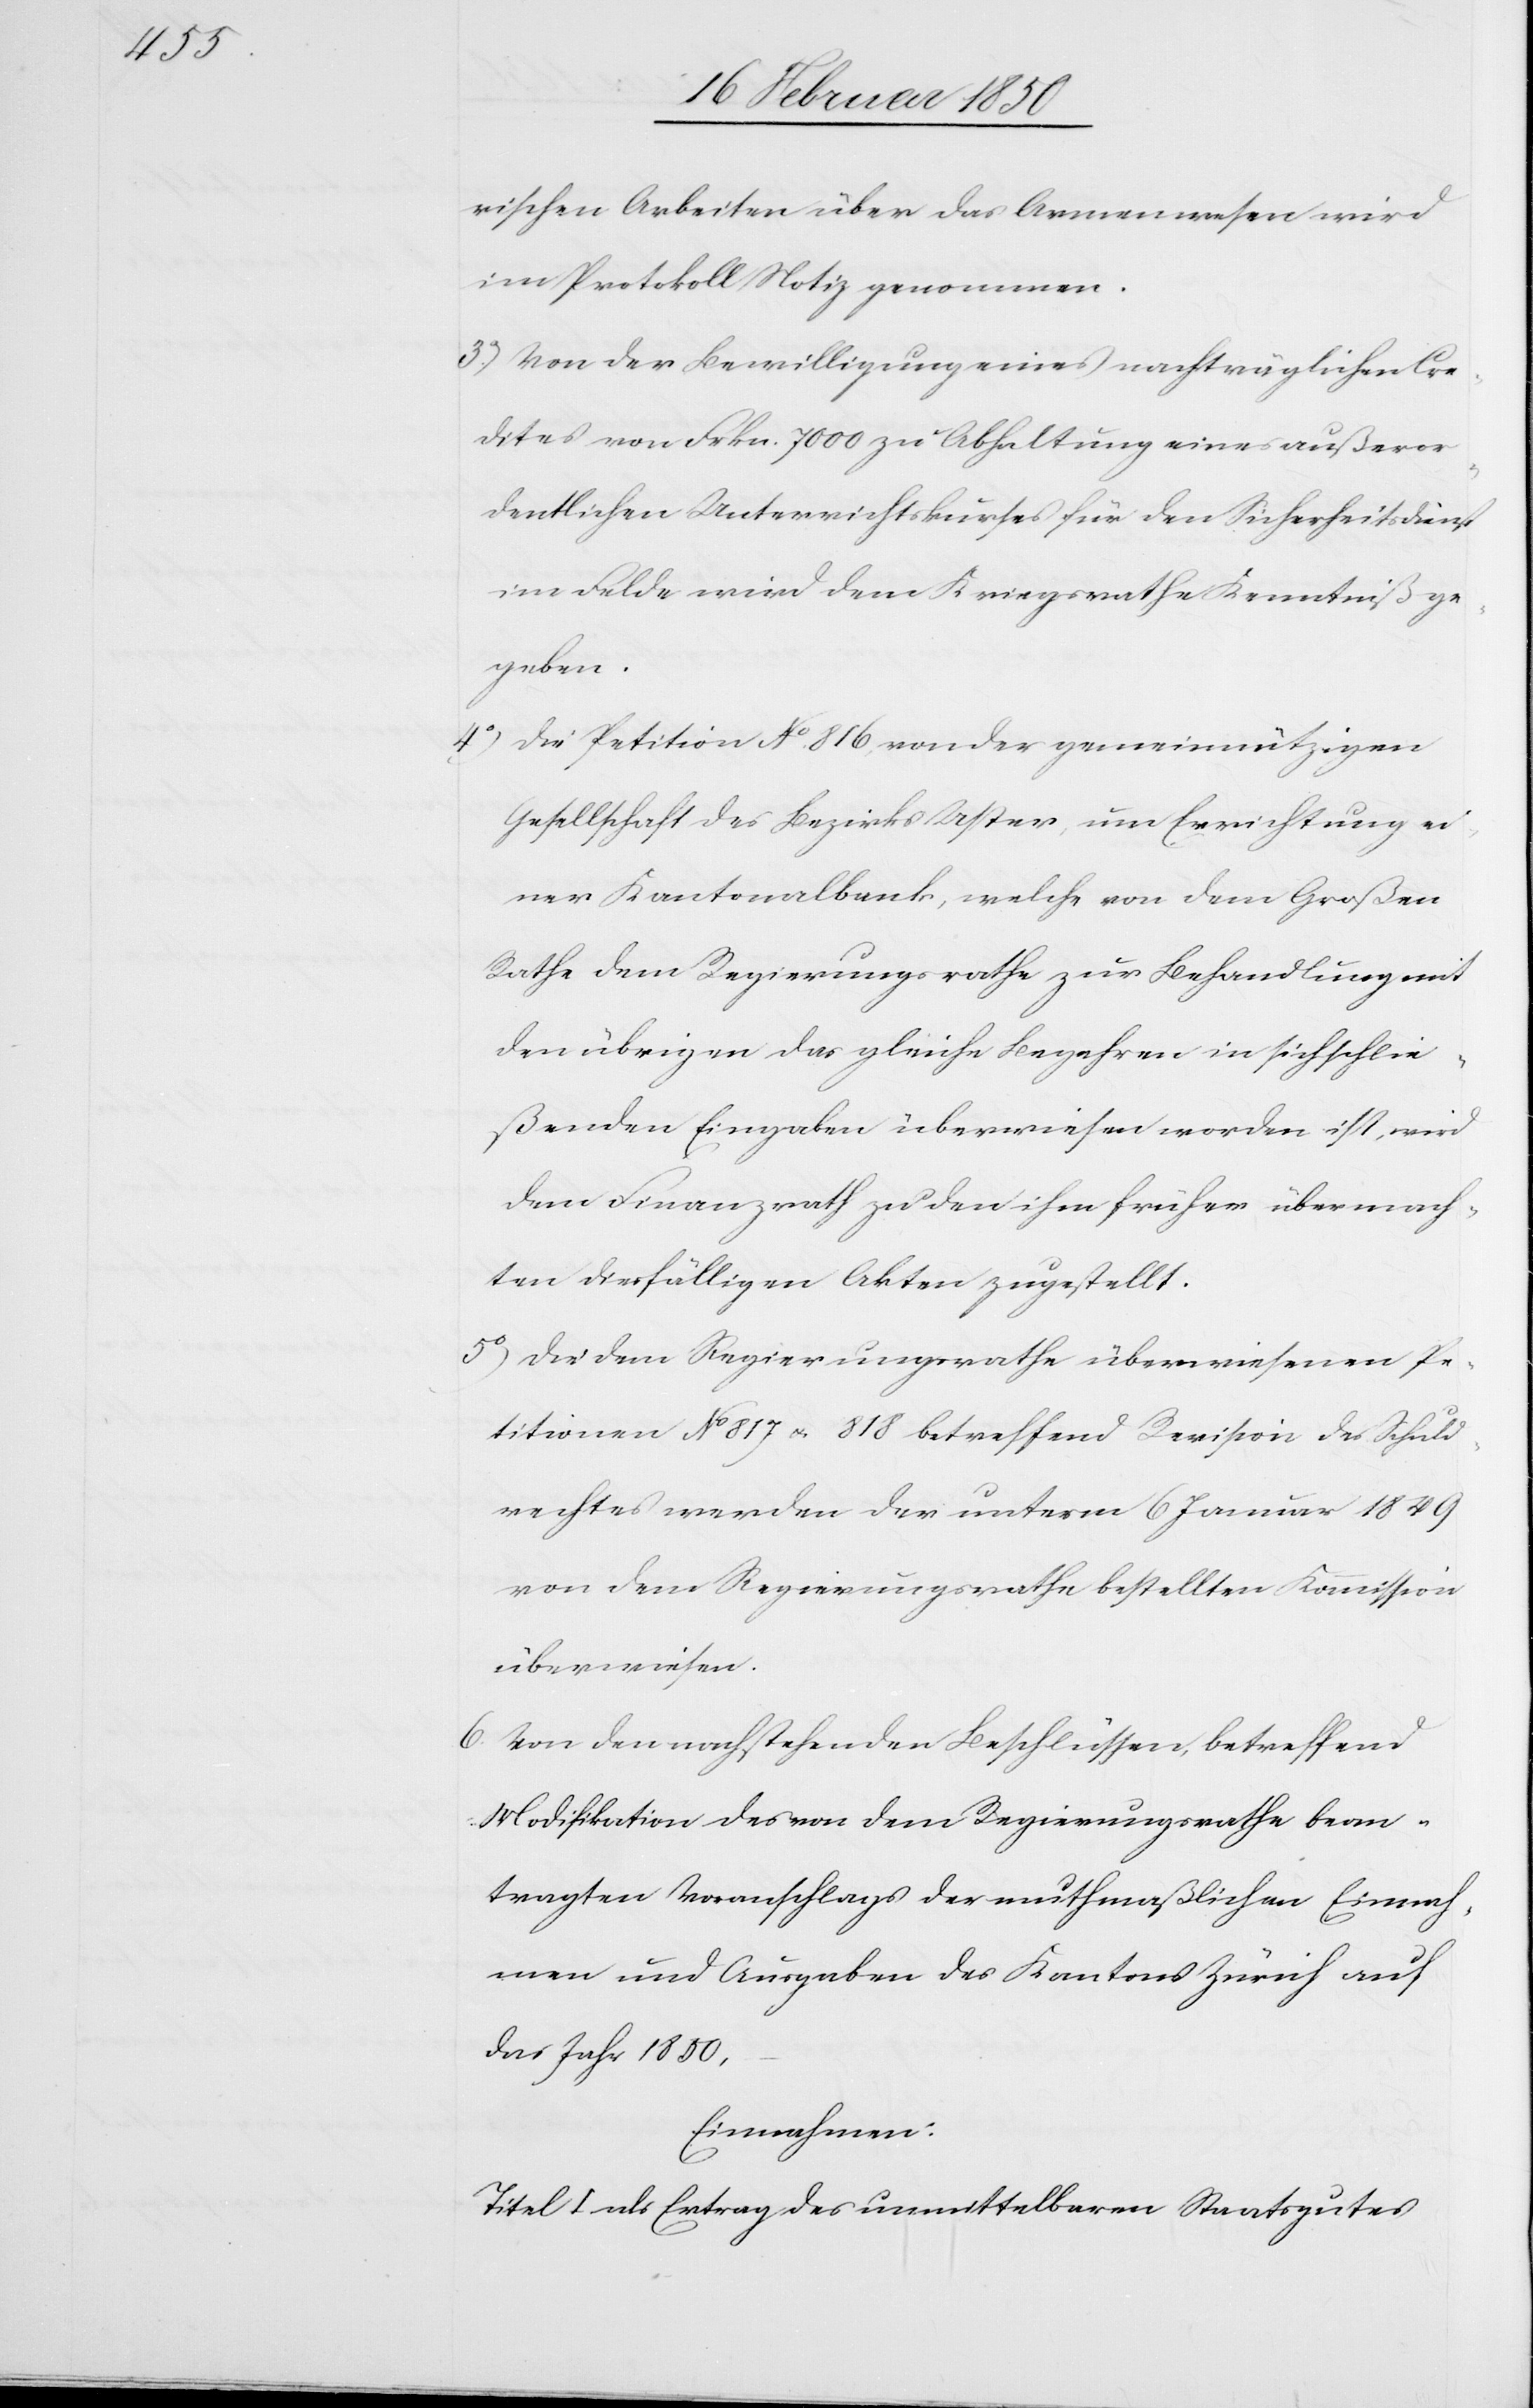
rischen Arbeiten über das Armenwesen wird
im Protokoll Notiz genommen.
3o) Von der Bewilligung eines nachträglichen Cre¬
dites von Frkn. 7000 zu Abhaltung eines außeror¬
dentlichen Unterrichtskurses für den Sicherheitsdienst
im Felde wird dem Kriegsrathe Kenntniß ge¬
geben.
4o) Die Petition No 816, von der gemeinnützigen
Gesellschaft des Bezirks Uster, um Errichtung ei¬
ner Kantonalbank, welche von dem Großen
Rathe dem Regierungsrathe zur Behandlung mit
den übrigen das gleiche Begehren in sich schlie¬
ßenden Eingaben überwiesen worden ist, wird
dem Finanzrath zu den ihm früher übermach¬
ten diesfälligen Akten zugestellt.
50) Die dem Regierungsrathe überwiesenen Pe¬
titionen No 817 u. 818 betreffend Revision des Schuld¬
rechtes werden der unterm 6 Januar 1849
von dem Regierungsrathe bestellten Kommission
überwiesen.
6. Von den nachstehenden Beschlüssen, betreffend
Modifikation des von dem Regierungsrathe bean¬
tragten Voranschlags der muthmaßlichen Einnah¬
men und Ausgaben des Kantons Zürich auf
das Jahr 1850,
Einnahmen:
Titel I als Ertrag des unmittelbaren Staatsgutes